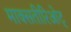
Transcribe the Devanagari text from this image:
माक्सतीरिओट्